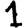
Digit: 1